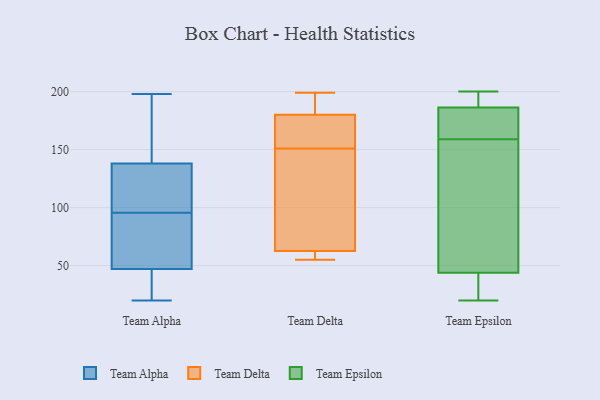
{"axis": {"x": "Temperature (°C)", "y": "Value"}, "legend": ["Team Alpha", "Team Delta", "Team Epsilon"], "data": [{"x": "", "y": 88, "type": "Team Alpha"}, {"x": "", "y": 43, "type": "Team Alpha"}, {"x": "", "y": 100, "type": "Team Alpha"}, {"x": "", "y": 183, "type": "Team Alpha"}, {"x": "", "y": 138, "type": "Team Alpha"}, {"x": "", "y": 130, "type": "Team Alpha"}, {"x": "", "y": 188, "type": "Team Alpha"}, {"x": "", "y": 114, "type": "Team Alpha"}, {"x": "", "y": 47, "type": "Team Alpha"}, {"x": "", "y": 76, "type": "Team Alpha"}, {"x": "", "y": 20, "type": "Team Alpha"}, {"x": "", "y": 38, "type": "Team Alpha"}, {"x": "", "y": 103, "type": "Team Alpha"}, {"x": "", "y": 198, "type": "Team Alpha"}, {"x": "", "y": 189, "type": "Team Alpha"}, {"x": "", "y": 36, "type": "Team Alpha"}, {"x": "", "y": 86, "type": "Team Alpha"}, {"x": "", "y": 91, "type": "Team Alpha"}, {"x": "", "y": 151, "type": "Team Delta"}, {"x": "", "y": 114, "type": "Team Delta"}, {"x": "", "y": 199, "type": "Team Delta"}, {"x": "", "y": 180, "type": "Team Delta"}, {"x": "", "y": 59, "type": "Team Delta"}, {"x": "", "y": 61, "type": "Team Delta"}, {"x": "", "y": 55, "type": "Team Delta"}, {"x": "", "y": 196, "type": "Team Delta"}, {"x": "", "y": 180, "type": "Team Delta"}, {"x": "", "y": 163, "type": "Team Delta"}, {"x": "", "y": 67, "type": "Team Delta"}, {"x": "", "y": 37, "type": "Team Epsilon"}, {"x": "", "y": 200, "type": "Team Epsilon"}, {"x": "", "y": 65, "type": "Team Epsilon"}, {"x": "", "y": 160, "type": "Team Epsilon"}, {"x": "", "y": 166, "type": "Team Epsilon"}, {"x": "", "y": 38, "type": "Team Epsilon"}, {"x": "", "y": 188, "type": "Team Epsilon"}, {"x": "", "y": 177, "type": "Team Epsilon"}, {"x": "", "y": 20, "type": "Team Epsilon"}, {"x": "", "y": 200, "type": "Team Epsilon"}, {"x": "", "y": 181, "type": "Team Epsilon"}, {"x": "", "y": 28, "type": "Team Epsilon"}, {"x": "", "y": 199, "type": "Team Epsilon"}, {"x": "", "y": 191, "type": "Team Epsilon"}, {"x": "", "y": 61, "type": "Team Epsilon"}, {"x": "", "y": 38, "type": "Team Epsilon"}, {"x": "", "y": 159, "type": "Team Epsilon"}, {"x": "", "y": 91, "type": "Team Epsilon"}, {"x": "", "y": 61, "type": "Team Epsilon"}]}